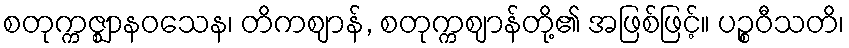
စတုက္ကဇ္ဈာနဝသေန၊ တိကဈာန်, စတုက္ကဈာန်တို့၏ အဖြစ်ဖြင့်။ ပဉ္စဝီသတိ၊